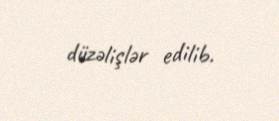
düzəlişlər edilib.